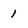
Character: 1